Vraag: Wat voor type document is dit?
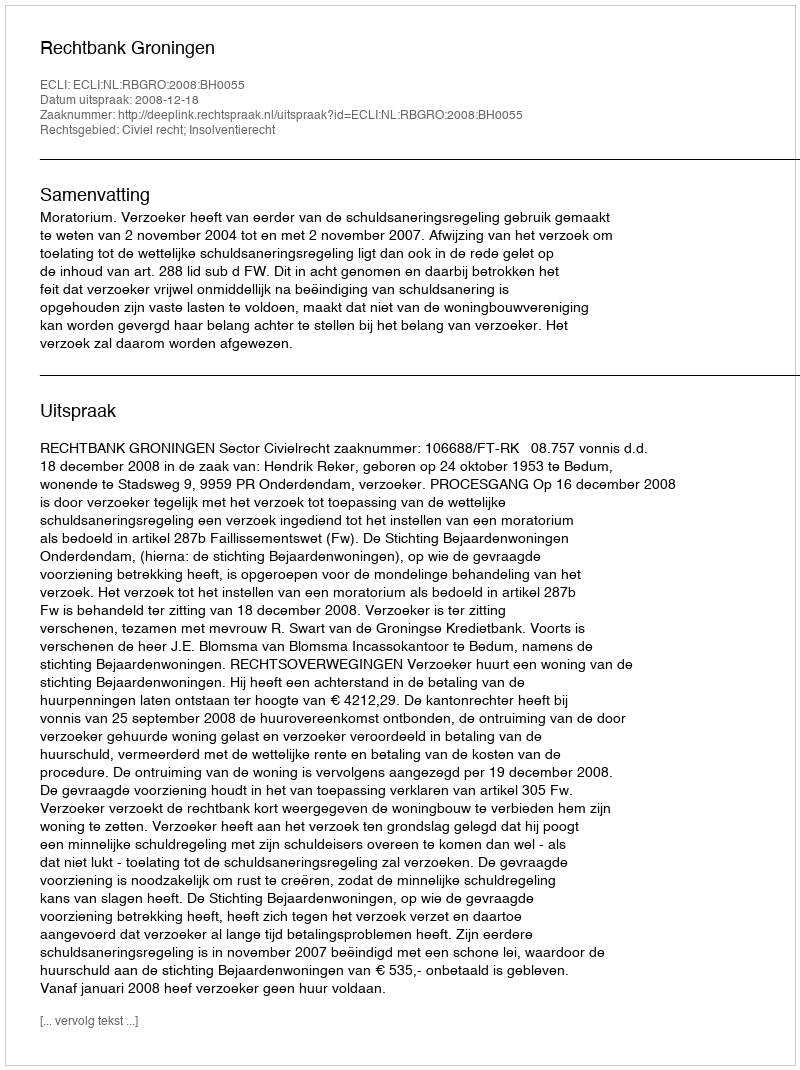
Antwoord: Uitspraak